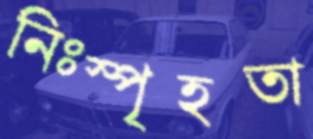
নিঃস্পৃহতা